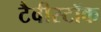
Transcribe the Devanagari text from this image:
टैवीस्टॉक